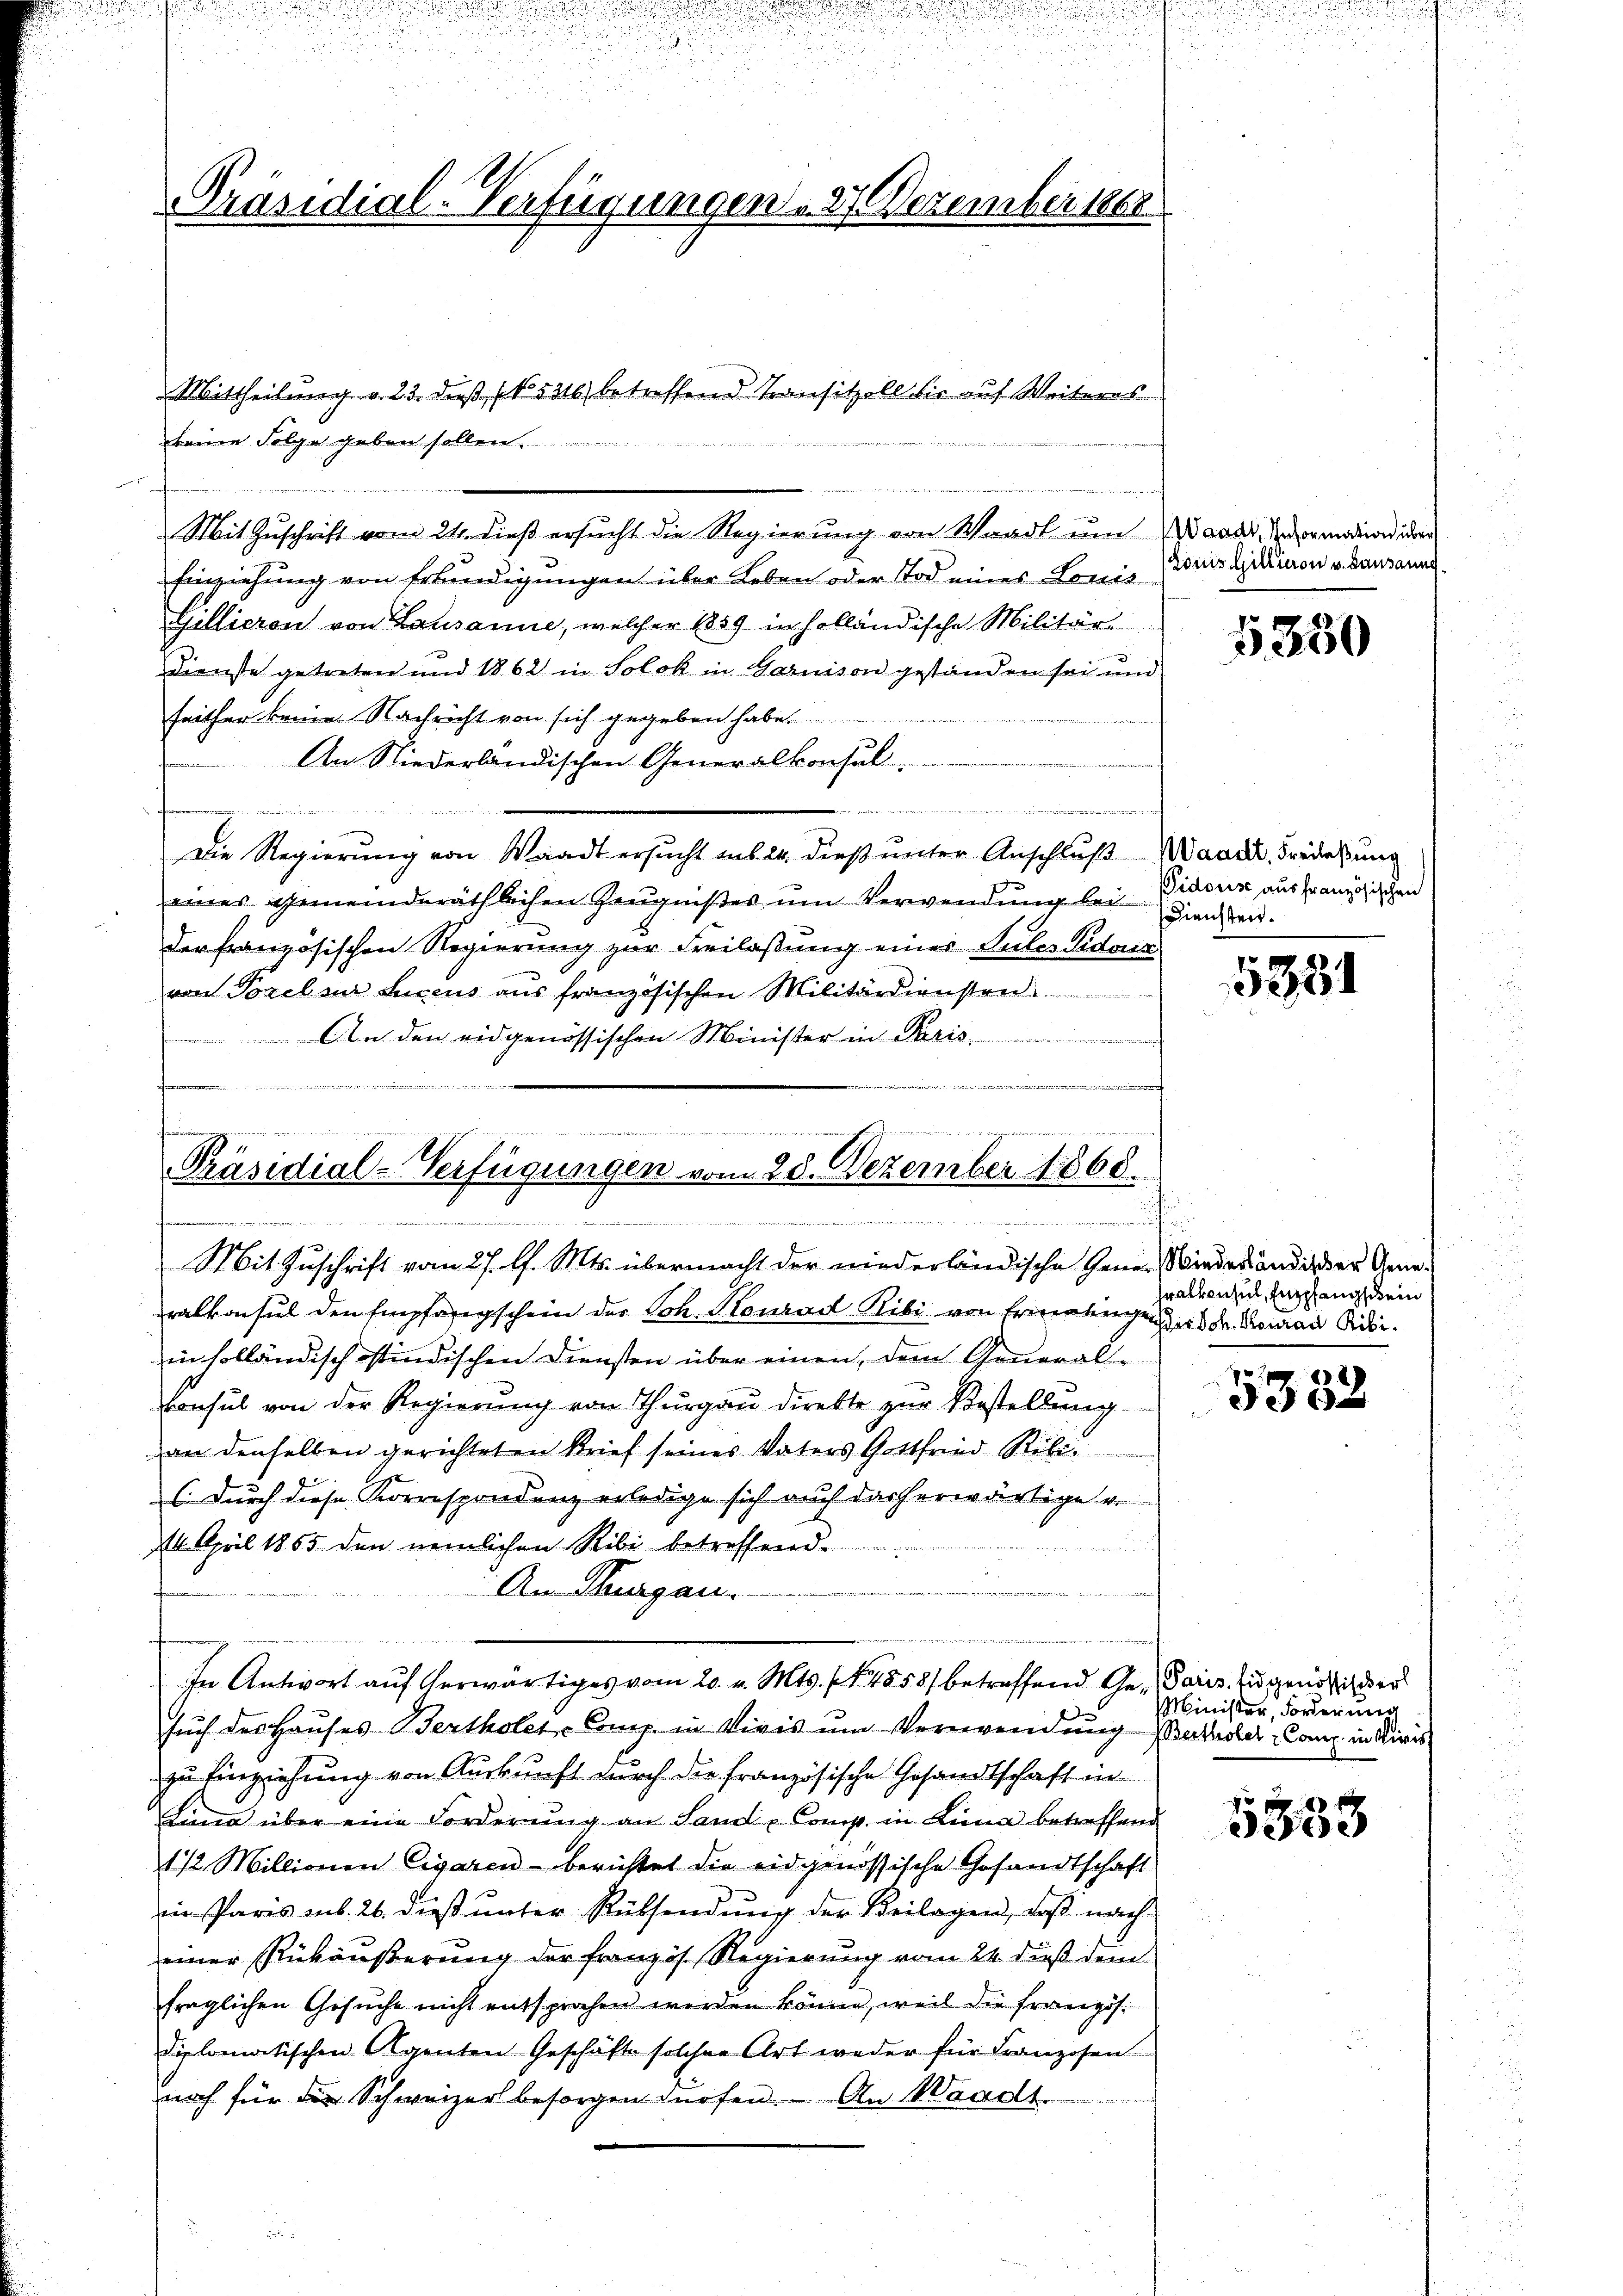
Präsidial-Verfügungen . 27 Dezember 1860

Mittheilung a. 23. dieß (N. 5316 betreffend Transitzell bis auf Weiteres
keine Folge geben sollen.
n
Mit Zuschrift vom 24. dieß ersucht die Regierung von Waadt um Waadt, Vorandion der
Einziehung von Erkundigungen über Leben oder Tod eines Louistoris Gillion v. Lausannes
Gillieren von Lausanne, welcher 1859 in holländische Militär¬
Dienste getreten und 1862 in Solok in Garnison gestanden sei und
seither keine Nachricht von sich gegeben habe.
An Niederländischen Generalkonsul-
e
Die Regierŭng von Waadt ersŭcht aus 24. dieβ ŭnter Anschlŭβ Waadt, Fredessung
eines gemeinderäthlichen Zeugnißes um Verwendung bei
der französischen Regierung zur Freilaßung einer Puler Sidarin
von Torels Succus aus französischen Militärdienstrad
 An den eidgenössischen Minister in Paris

Mit Zuschrift vom 27. d. Mts. übermacht der niederländische Gener Wiederandiser Ameralkonsul den Empfangschein der Joh. Konrad Ribi von Ermangen er der Genau Risiin solländisch ostindischen Diensten über einen, dem General-
Consul von der Regierung von Thurgau direkte zur Bestellung
von denselben gerichteten Brief seines Vaters Gottfried Ribi
s. Durch diese Korrespondenz erledige sich auch das herwärtige vo
14. April 1855 den nemlichen Ribi betreffend
An Thurgau.
1
such des Hauses Bertholer-Comp. in Vivis um Verwendung Bertoler-Comp. in Divis
zu Einziehung von Auskunft durch die französische Gesandtschaft in
Lina über eine Forderŭng an Sand u Comp. in Lina betreffend
1 1/2 Millionen Cigaren berichtet die eidgenössische Gesandtschaft
iin Paris sub. 26. dieß unter Rüksendung der Beilagen, daß nach
einer Rückäußerung der Französ. Regierung vom 24. dieß dem
fraglichen Gesuche nicht entsprochen werden könne, weil die Französ.
diplomatischen Agenten Geschäfte solcher Art weder für Franzosen
noch für die Schweizer besorgen dürfen. An Waadt.

e
e

Präsidial-Verfügungen vom 28. Dezember 1868.
2 wir u. in der der
u

In Antwort auf herwärtiges vom 20. v. Mts. f. 1858) betreffend Ge- Paris zu genößischer

5350

Pidorise aus französischen
Diensten.

5331

ralkonsul, Empfangschein

5352

Minister, Forderung

5333